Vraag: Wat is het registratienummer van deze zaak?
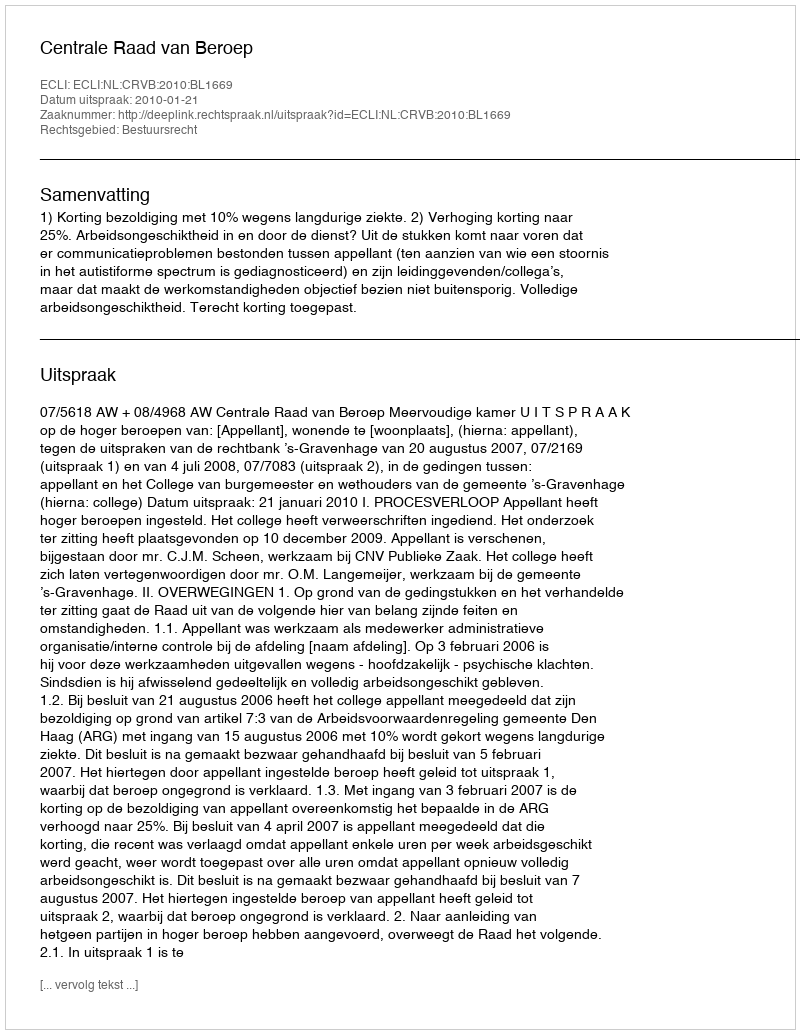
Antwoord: http://deeplink.rechtspraak.nl/uitspraak?id=ECLI:NL:CRVB:2010:BL1669